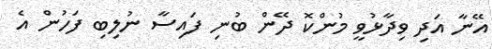
އޭނާ އަދި ވިދާޅުވީ މުންކޮ ދޭން ބުނި ފައިސާ ނުލިބި ފަހުން އެ